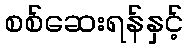
စစ်ဆေးရန်နှင့်